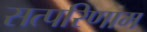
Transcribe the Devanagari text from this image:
सत्परिणाम